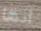
أنها